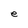
Character: e